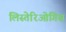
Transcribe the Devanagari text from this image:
लिस्तेरिओगिस